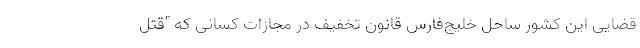
قضایی این کشور ساحل خلیج‌فارس قانون تخفیف در مجازات کسانی که "قتل